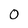
Character: 0